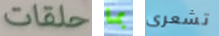
حلقات بما تشعرى